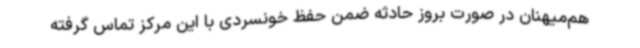
هم‌میهنان در صورت بروز حادثه ضمن حفظ خونسردی با این مرکز تماس گرفته